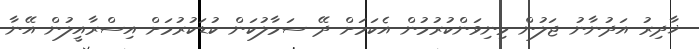
ޚާދިރު އަދުނާނު ޖަލުން މިނިވަންކުރުމުން އެކަމަށް ދޭ ސަމާލުކަން ކުޑަކުރުމަށް އިސްރާއީލުން އޭނާ